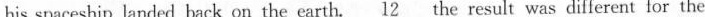
his spaceship landed back on the earth